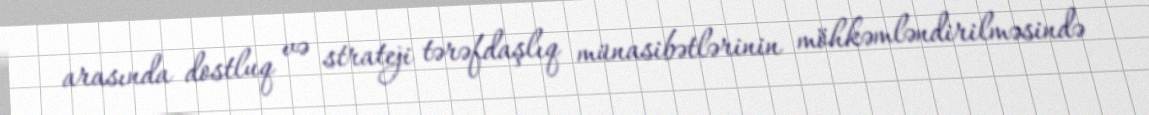
arasında dostluq və strateji tərəfdaşlıq münasibətlərinin möhkəmləndirilməsində